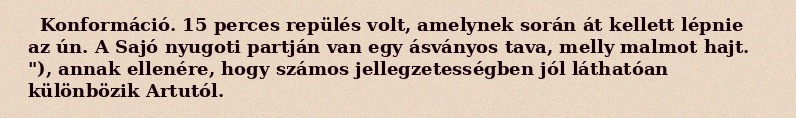
Konformáció. 15 perces repülés volt, amelynek során át kellett lépnie az ún. A Sajó nyugoti partján van egy ásványos tava, melly malmot hajt. "), annak ellenére, hogy számos jellegzetességben jól láthatóan különbözik Artutól.